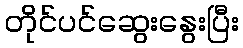
တိုင်ပင်ဆွေးနွေးပြီး